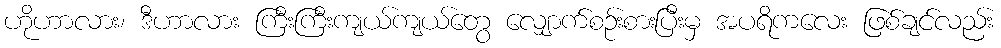
ဟိုဟာလား၊ ဒီဟာလား ကြီးကြီးကျယ်ကျယ်တွေ လျှောက်စဉ်းစားပြီးမှ အပရိကလေး ဖြစ်ချင်လည်း